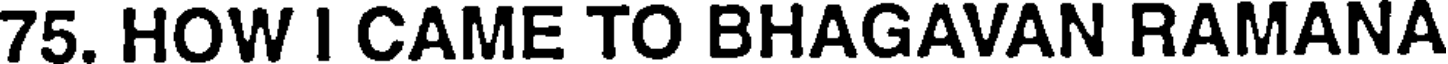
75. HOW I CAME TO BHAGAVAN RAMANA